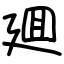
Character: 廽